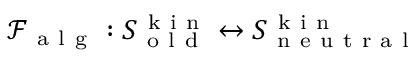
\mathcal { F } _ { \mathrm { ~ a ~ l ~ g ~ } } : S _ { \mathrm { ~ o ~ l ~ d ~ } } ^ { \mathrm { ~ k ~ i ~ n ~ } } \leftrightarrow S _ { \mathrm { ~ n ~ e ~ u ~ t ~ r ~ a ~ l ~ } } ^ { \mathrm { ~ k ~ i ~ n ~ } }